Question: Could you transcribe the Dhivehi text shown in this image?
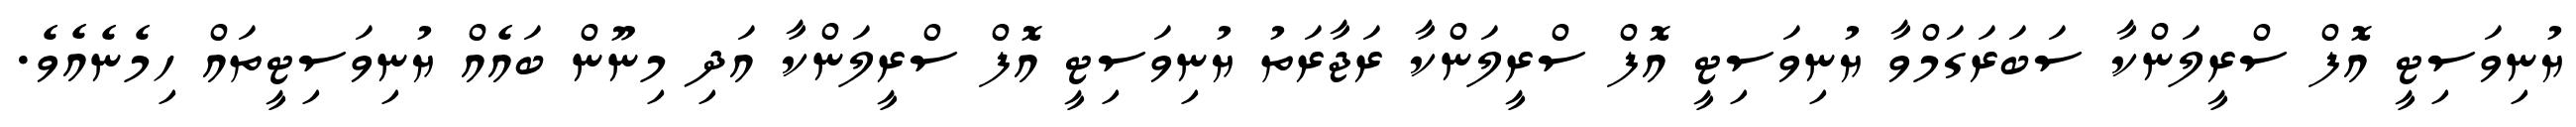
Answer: ޔުނިވަސިޓީ އޮފް ސްރީލަންކާ ސަބަރަގަމްވާ ޔުނިވަސިޓީ އޮފް ސްރީލަންކާ ރަޖާރަތު ޔުނިވަސިޓީ އޮފް ސްރީލަންކާ އަދި މިނޫން ބައެއް ޔުނިވަސިޓީތައް ހިމެނެއެވެ.